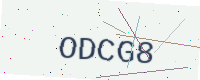
Text: ODCG8